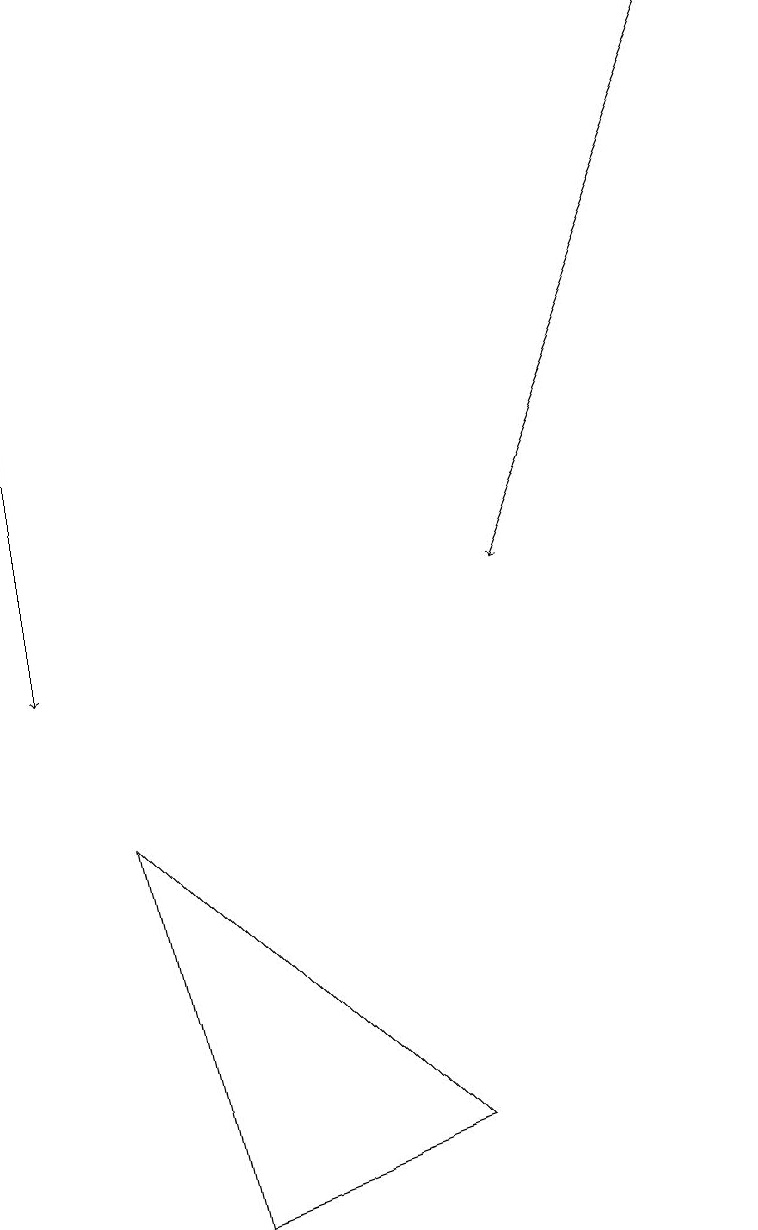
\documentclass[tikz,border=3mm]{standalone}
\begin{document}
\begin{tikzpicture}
\draw[->] (9,19) -- (6,12);
\draw[->] (0,19) -- (0,11);
\draw (2,4) -- (5,5) -- (1,9) -- cycle;
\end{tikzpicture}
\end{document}